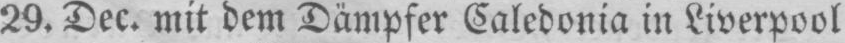
29. Dec. mit dem Dämpfer Caledonia in Liverpool